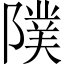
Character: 䧤